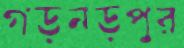
গড়নড়পুর